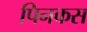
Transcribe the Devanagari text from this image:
पिनकस